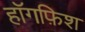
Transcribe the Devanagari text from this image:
हॉगफ़िश